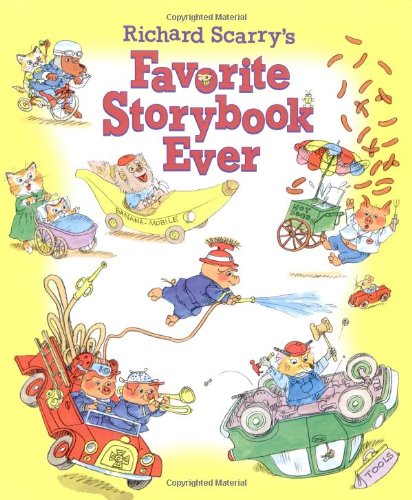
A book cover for Richard Scarry's Favorite Storybook Ever (Picture Book); Golden Books; Children's Books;